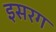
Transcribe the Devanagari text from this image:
इसरग